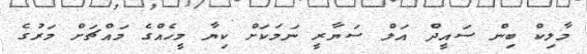
މާލިކް ބިން ސައީދް އަލް ސަޔާރީ ނަމަކަށް ކިޔާ މީހެއްގެ މައްޗަށް މަރުގެ